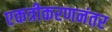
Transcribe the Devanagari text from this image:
एकत्रीकरणनंतर